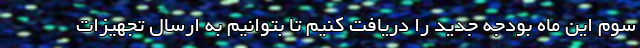
سوم این ماه بودجه جدید را دریافت کنیم تا بتوانیم به ارسال تجهیزات